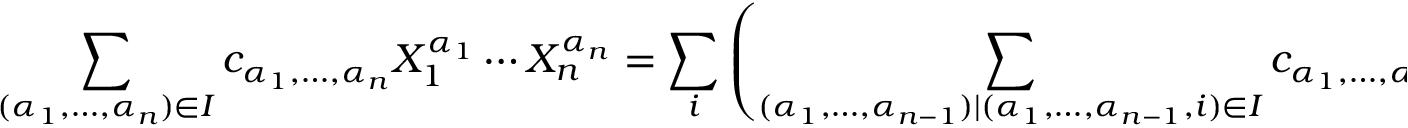
\sum _ { ( \alpha _ { 1 } , \ldots , \alpha _ { n } ) \in I } c _ { \alpha _ { 1 } , \ldots , \alpha _ { n } } X _ { 1 } ^ { \alpha _ { 1 } } \cdots X _ { n } ^ { \alpha _ { n } } = \sum _ { i } \left( \sum _ { ( \alpha _ { 1 } , \ldots , \alpha _ { n - 1 } ) \mid ( \alpha _ { 1 } , \ldots , \alpha _ { n - 1 } , i ) \in I } c _ { \alpha _ { 1 } , \ldots , \alpha _ { n - 1 } } X _ { 1 } ^ { \alpha _ { 1 } } \cdots X _ { n - 1 } ^ { \alpha _ { n - 1 } } \right) X _ { n } ^ { i } ,